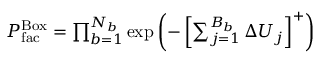
\begin{array} { r } { P _ { \mathrm { f a c } } ^ { \mathrm { B o x } } = \prod _ { b = 1 } ^ { N _ { b } } \exp \left( - \left[ \sum _ { j = 1 } ^ { B _ { b } } { \Delta U _ { j } } \right] ^ { + } \right) } \end{array}